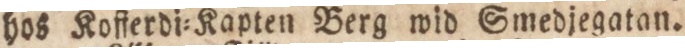
hos Kofſerdi=Kapten Berg wid Smedjegatan.